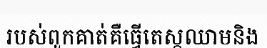
របស់ពួកគាត់គឺធ្វើតេស្តឈាមនិង